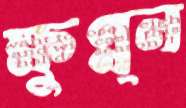
ক্ষুণ্ন্ন